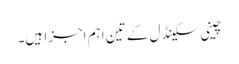
چینی سکینڈل کے تین اہم اجزا ہیں۔